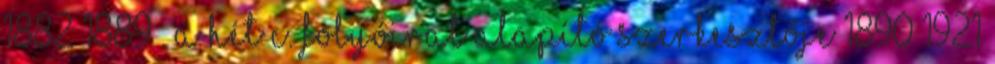
1882–1889 . A Hét c. folyóirat alapító szerkesztője 1890–1921